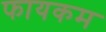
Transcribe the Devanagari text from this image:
फायकम